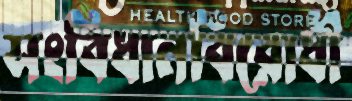
সংবিধানবিরোধী